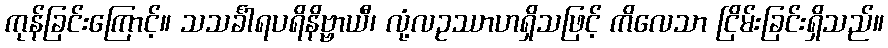
ကုန်ခြင်းကြောင့်။ သသင်္ခါရပရိနိဗ္ဗာယီ၊ လုံ့လဥဿာဟရှိသဖြင့် ကိလေသာ ငြိမ်းခြင်းရှိသည်။